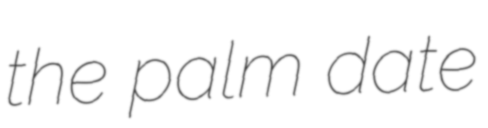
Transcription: the palm date